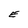
Character: E